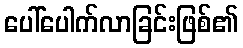
ပေါ်ပေါက်လာခြင်းဖြစ်၏